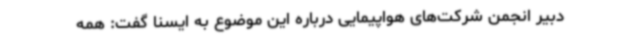
دبیر انجمن شرکت‌های هواپیمایی درباره این موضوع به ایسنا گفت: همه